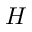
H